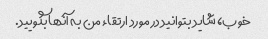
خوب، شاید بتوانید در مورد ارتقاء من به آنها بگویید.